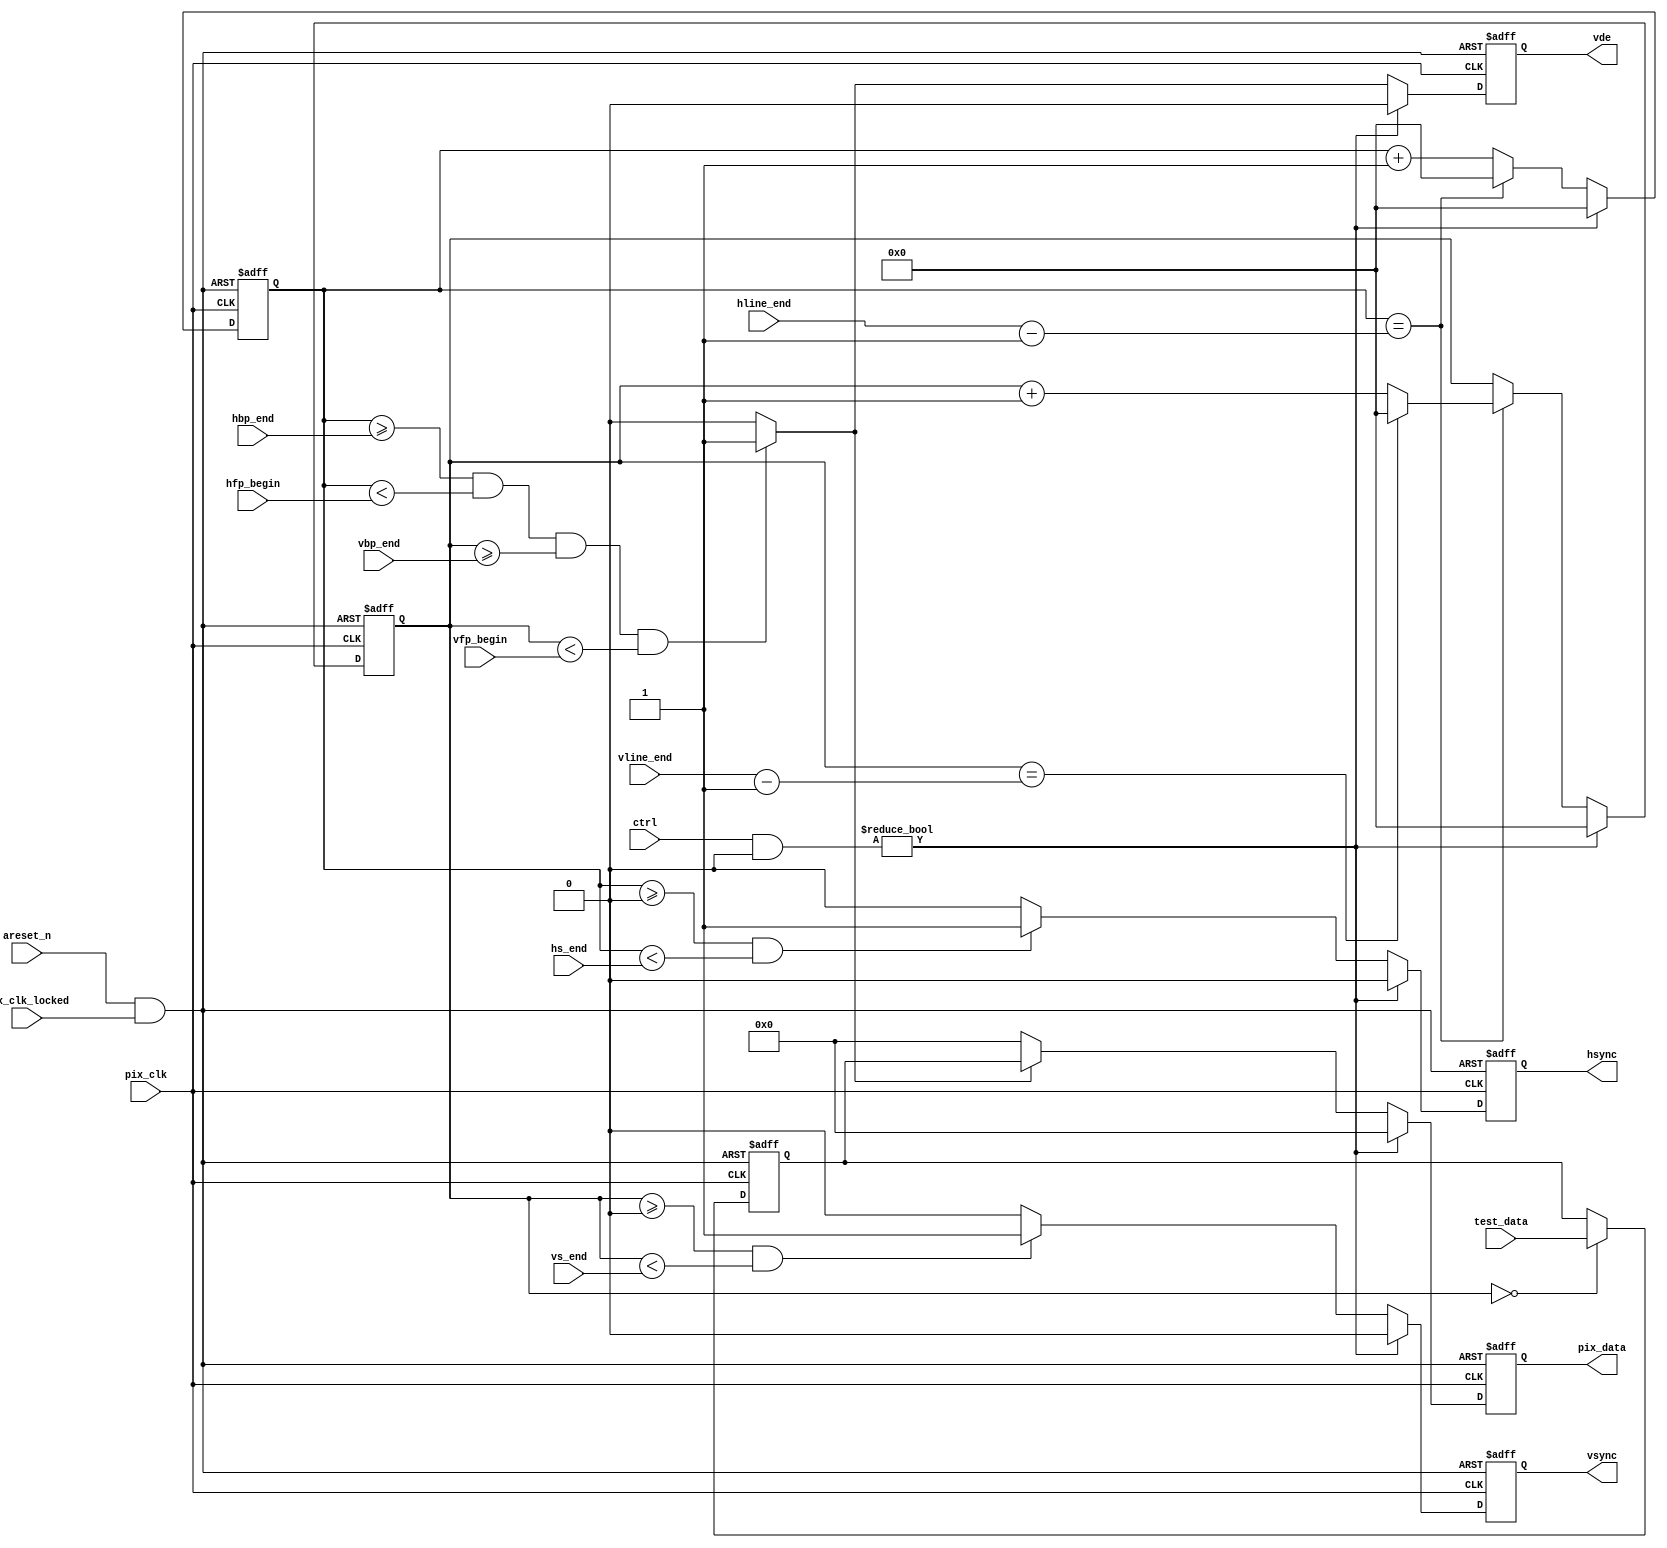
`timescale 1ns / 1ps
//////////////////////////////////////////////////////////////////////////////////
// Company: 
// Engineer: 
// 
// Design Name: 
// Module Name: display_controller
// Project Name: 
// Target Devices: 
// Tool Versions: 
// Description: 
// 
// Dependencies: 
// 
// Revision:
// Revision 0.01 - File Created
// Additional Comments:
// 
//////////////////////////////////////////////////////////////////////////////////


module display_controller # (
  parameter integer C_S_AXI_DATA_WIDTH	= 32,  // Width of S_AXI data bus
  parameter C_DATA_WIDTH = 32,  // Data width of bus with RGB
  parameter C_RED_WIDTH = 8,	// Width of Red Channel
  parameter C_GREEN_WIDTH = 8,  // Width of Green Channel
  parameter C_BLUE_WIDTH = 8	// Width of Blue Channel
) (
  input pix_clk,
  input pix_clk_locked,
  input areset_n,

  input [C_S_AXI_DATA_WIDTH-1:0] ctrl,
  input [C_S_AXI_DATA_WIDTH-1:0] test_data,

  input [C_S_AXI_DATA_WIDTH-1:0] hs_end,
  input [C_S_AXI_DATA_WIDTH-1:0] hbp_end,
  input [C_S_AXI_DATA_WIDTH-1:0] hfp_begin,
  input [C_S_AXI_DATA_WIDTH-1:0] hline_end,

  input [C_S_AXI_DATA_WIDTH-1:0] vs_end,
  input [C_S_AXI_DATA_WIDTH-1:0] vbp_end,
  input [C_S_AXI_DATA_WIDTH-1:0] vfp_begin,
  input [C_S_AXI_DATA_WIDTH-1:0] vline_end,

  // fit to XSVI standard port
  output [C_DATA_WIDTH-1:0] pix_data,  // Width of RGB data bus
  output hsync,                        // Hsync Data
  output vsync,                        // Vsync Data
  output vde                           // Video Data enable
);

localparam DISP_CTRL_EN = 32'h1; // bit 0 of CTRL register

wire areset_n_int;

assign areset_n_int = areset_n & pix_clk_locked;

reg [11:0] hcount = 32'h0;
reg [11:0] vcount = 32'h0;

always @(posedge pix_clk or negedge areset_n_int)
begin
  if (! areset_n_int)
  begin
    hcount <= 'h0;
    vcount <= 'h0;
  end
  else if (ctrl & DISP_CTRL_EN != DISP_CTRL_EN)
  begin
    hcount <= 'h0;
    vcount <= 'h0;
  end
  else
  begin
      if (hcount == hline_end - 1'b1)
      begin
          hcount <= 'h0;
          if (vcount == vline_end - 1'b1)
              vcount <= 'h0;
          else
              vcount <= vcount + 1'b1;
      end
      else
      begin
          hcount <= hcount + 1'b1;
          vcount <= vcount;
      end
  end
end

reg hsync_reg;
reg vsync_reg;
reg vde_reg;
wire vde_comb;

assign vde_comb = (hcount >= hbp_end &&
                   hcount < hfp_begin &&
                   vcount >= vbp_end &&
                   vcount < vfp_begin) ? 1'b1: 1'b0;

always @(posedge pix_clk or negedge areset_n_int)
begin
  if (! areset_n_int) begin
    hsync_reg <= 1'b0;
    vsync_reg <= 1'b0;
    vde_reg <= 1'b0;
  end else if (ctrl & DISP_CTRL_EN != DISP_CTRL_EN) begin
    hsync_reg <= 1'b0;
    vsync_reg <= 1'b0;
    vde_reg <= 1'b0;
  end else begin
    hsync_reg <= (hcount >= 0 && hcount < hs_end) ? 1'b1 : 1'b0;
    vsync_reg <= (vcount >= 0 && vcount < vs_end) ? 1'b1 : 1'b0;
    vde_reg <= vde_comb;
  end
end

assign hsync = hsync_reg;
assign vsync = vsync_reg;
assign vde = vde_reg;

// Default pattern
wire [7:0] pattern;

assign pattern = ctrl[15:8];

// Synced test video data
reg [C_DATA_WIDTH-1:0] test_data_sync;

always @(posedge pix_clk or negedge areset_n_int)
begin
  if (! areset_n_int) begin
    test_data_sync <= 'd0;
  end else if (vcount == 'd0) begin
    test_data_sync <= test_data;
  end else begin
    test_data_sync <= test_data_sync;
  end
end

// Pattern selection
reg [C_DATA_WIDTH-1:0] pix_data_reg;

always @(posedge pix_clk or negedge areset_n_int)
begin
  if (! areset_n_int) begin
    pix_data_reg <= 'd0;
  end else if (ctrl & DISP_CTRL_EN != DISP_CTRL_EN) begin
    pix_data_reg <= 'd0;
  end else begin
    pix_data_reg <= vde_comb ? test_data_sync : 'd0;
  end
end

assign pix_data = pix_data_reg;

endmodule